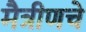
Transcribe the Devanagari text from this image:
मैत्रीणचे